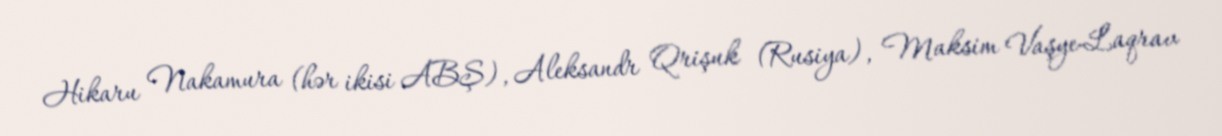
Hikaru Nakamura (hər ikisi ABŞ), Aleksandr Qrişuk (Rusiya), Maksim Vaşye-Laqrav